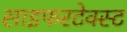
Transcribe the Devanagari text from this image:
साइफरटेक्स्ट